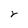
Character: r